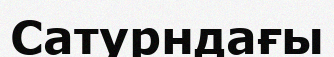
Сатурндағы